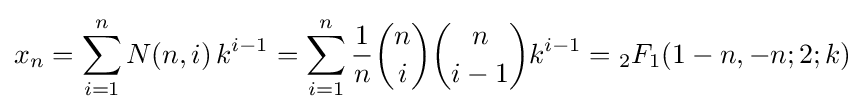
x_{n}=\sum _{i=1}^{n}N(n,i)\,k^{i-1}=\sum _{i=1}^{n}{\frac {1}{n}}{n \choose i}{n \choose i-1}k^{i-1}={}_{2}F_{1}(1-n,-n;2;k)